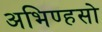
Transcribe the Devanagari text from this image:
अभिण्हसो